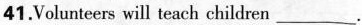
41.Volunteers will teach children ___.